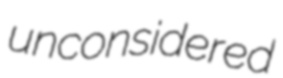
unconsidered